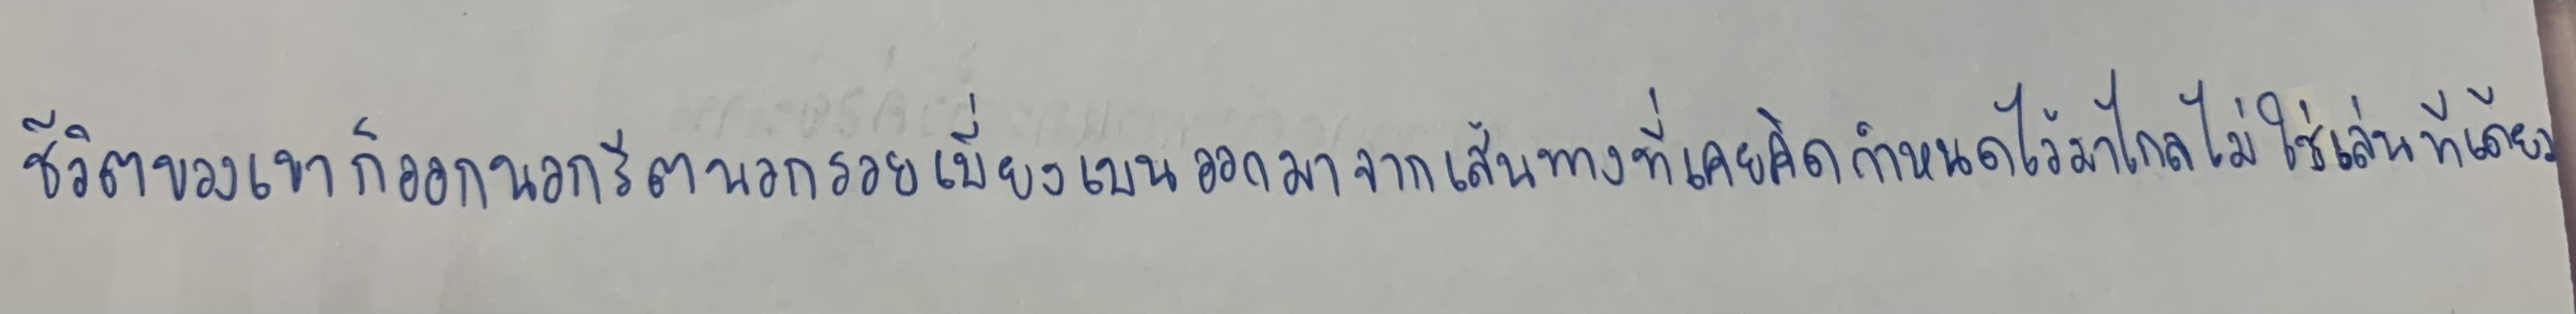
ชีวิตของเขาก็ออกนอกรีตนอกรอยเบี่ยงเบนออกมาจากเส้นทางที่เคยคิดกำหนดไว้มาไกลไม่ใช่เล่นทีเดียว